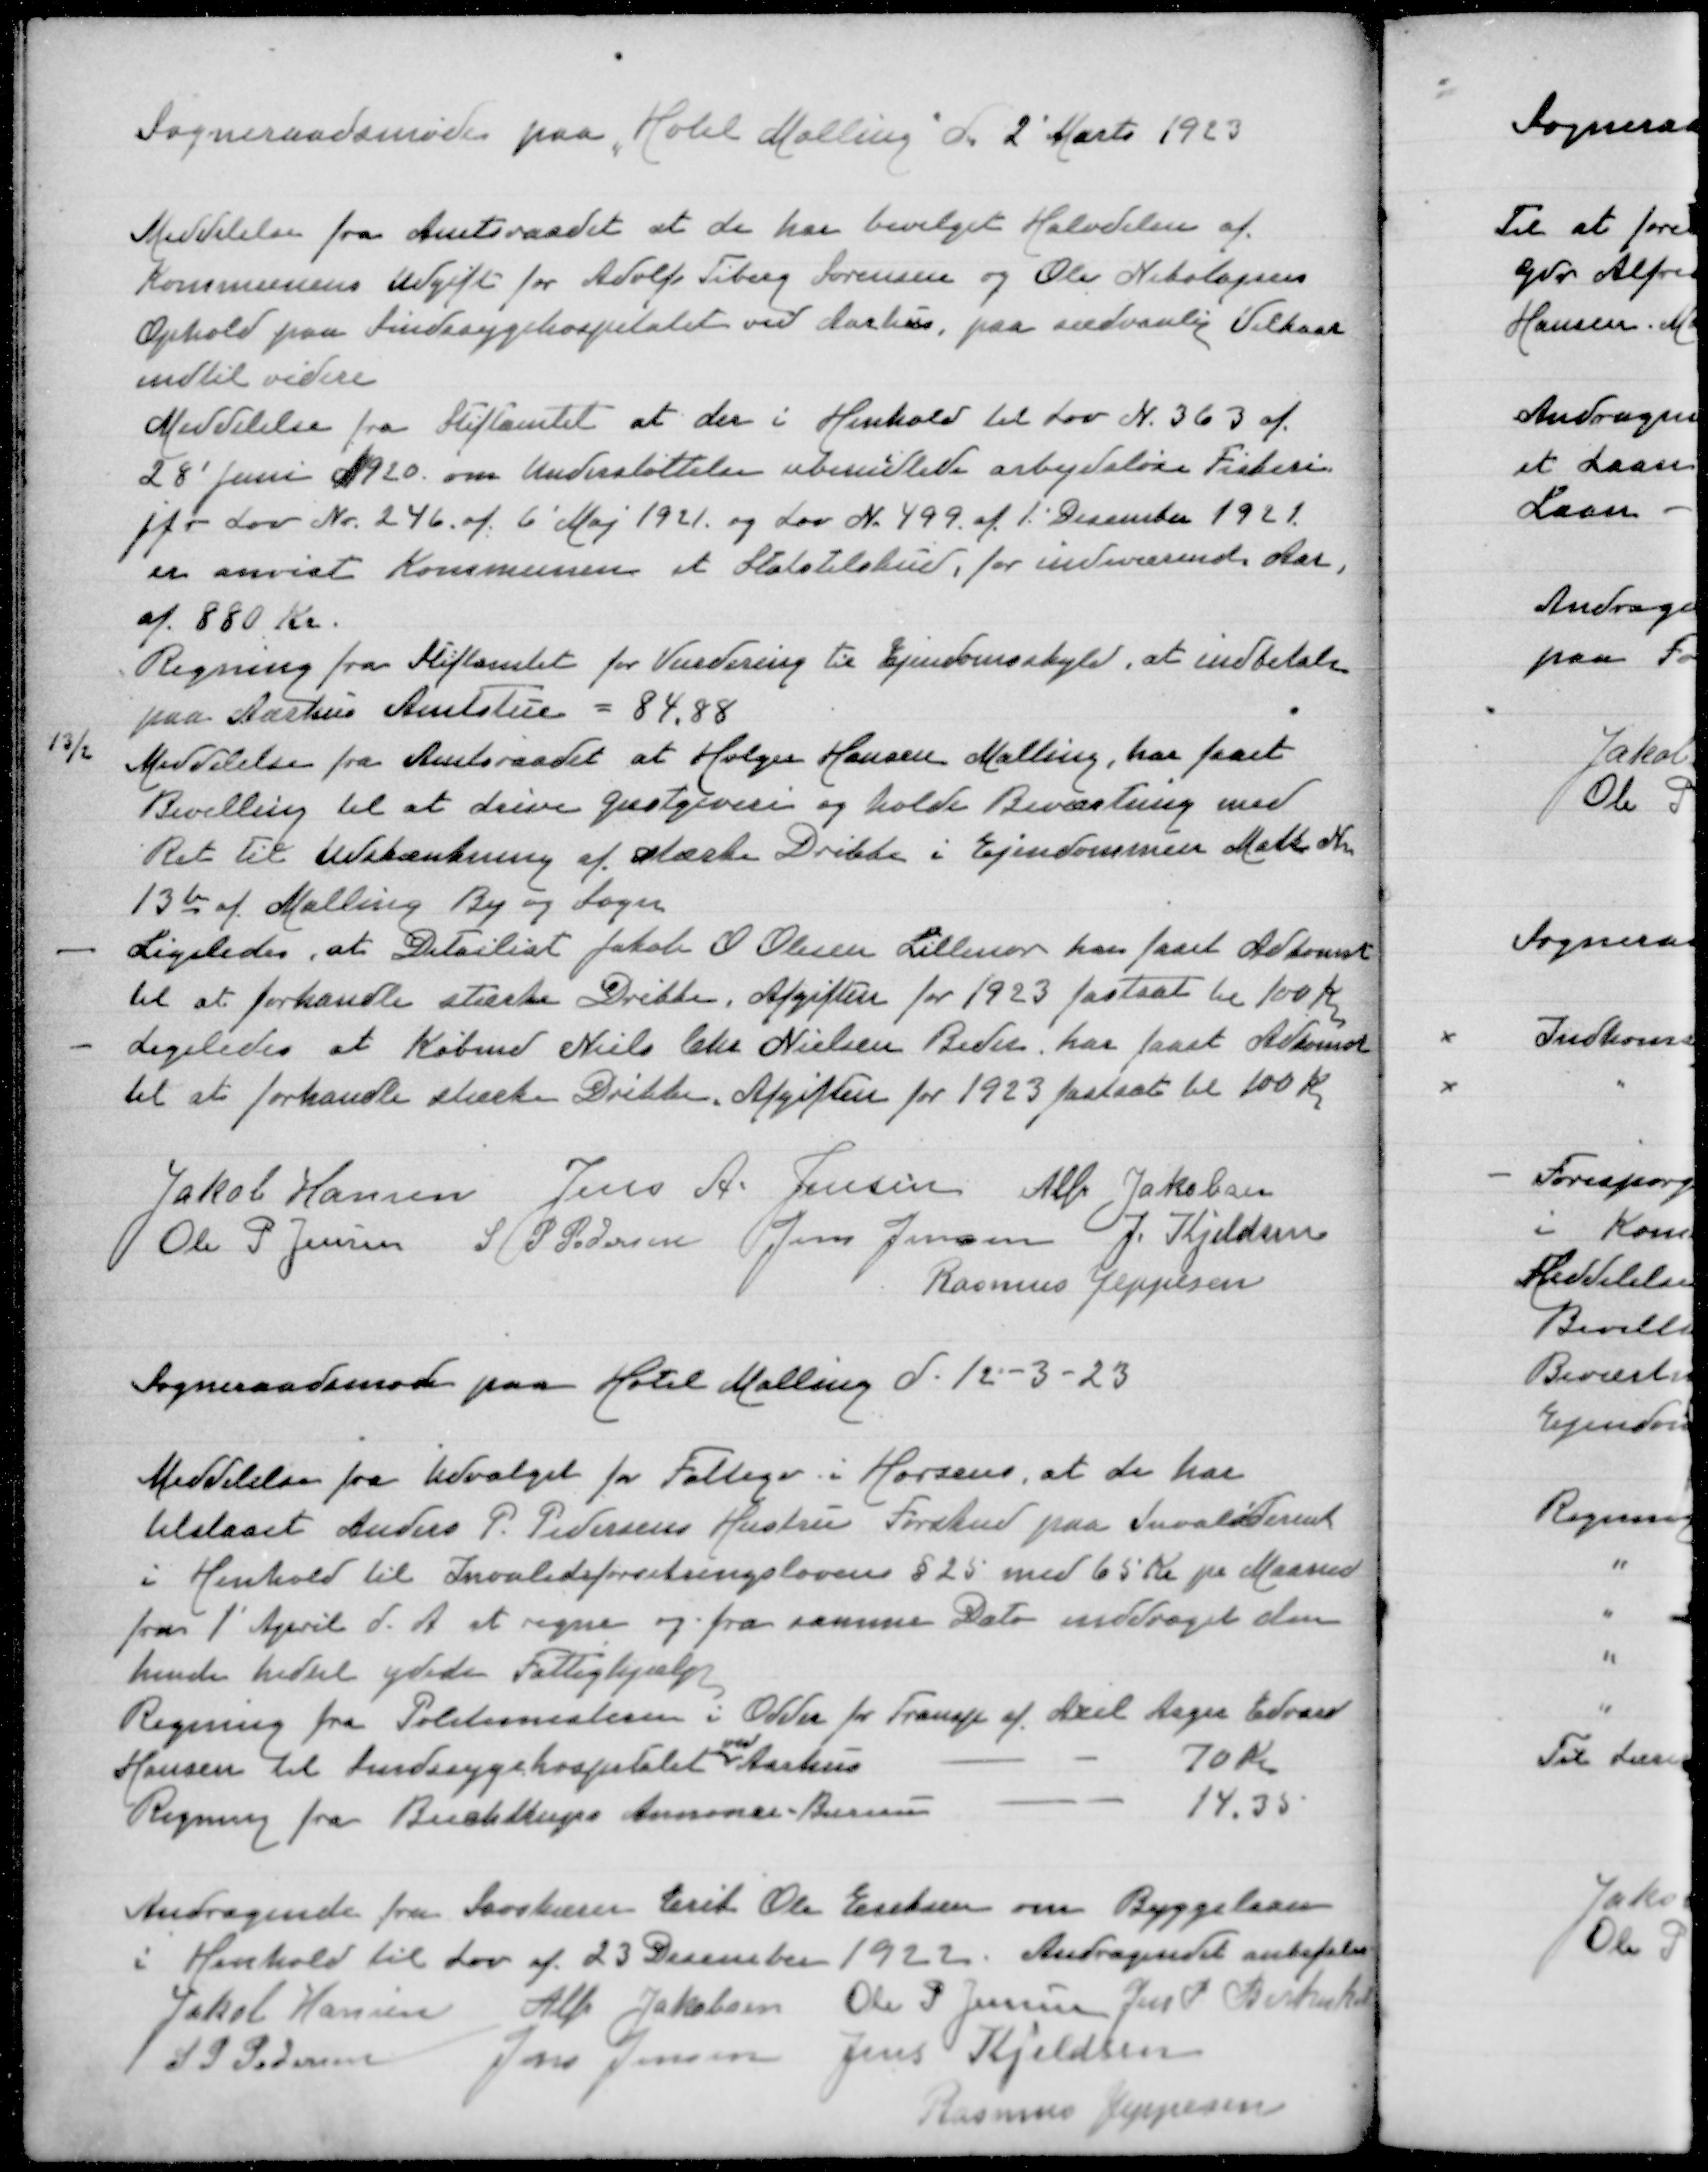
Transskription:
Sogmeraadsmøde paa "Hotel Malling" d 2' Marts 1923
Meddelelse fra Amtsraadet at dehar bevilget Halvdelen af
Kommunens Udgift for Adolf Tiborg Sørensen og Ole Nikolajsens
Ophold paa Sindsygehospitalet ved Aarhus paa sædvanlig Vilkaar
indtil videre
Meddelelse fra Stiftamtet at der i Henhold til Lov N 363 af
28' Juni 1920 om Understøttelse ubebemidlede arbejdsløse Fiskeri
jfr Lov Nr 246 af 6' Maj 1921 og Lov  N 499 af 1' December 1921
er anvist Kommunen et Statstilskud, for indeværende Aar,
af 880 Kr
Regning fra Stiftamtet for Vurdering til Ejendomsskyld, at indbetale
paa Aarhus Amtstue = 84,88
13/2 Meddelelse fra Amtsraadet at Holger Hansen Malling, har faaet
Bevilling til at drive Gæstgiveri og holde Beværtning med
Ret til Udskænkning af stærke Drikke i Ejendommen Matr Nr
13b af Malling By og Sogn
Ligeledes at Detailist Jakob O Olesen Lillenor har faaet Adkomst
til at forhandle stærke Drikke, Afgiften for 1923 fastsat til 100 Kr
Ligeledes at Købmd Niels Chr Nielsen Beder har faaet Adkomst
til at forhandle stærke Drikke, Afgiften for 1923 fastsat til 100 Kr

Jakob Hansen
Jens A Jensen
Alfr Jakobsen
Ole P Jensen
S P Pedersen
Jens Jensen
J Kjeldsen
Rasmus Jeppesen

Sogneraadsmøde paa Hotel Malling d 12-3-23

Meddelelse fra Udvalget for Fattigv i Horsens, at de har
tilstaaet Anders P Pedersens Hustru Forskud paa Invaliderente
i Henhold til Invalideforsikringslovens §25 med 65 Kr pr Maaned
fra 1' April d A at regne og fra samme Dato inddrages den
hende hidtil ydede Fattighjælp
Regning fra Politimesteren i Odder for Transp af Axel Aage Edvard
ved
Hansen til Sindsygehospitalet Aarhus
70 Kr
Regning fra Buchtrups Annonce-Bureau
14,35
Andragende fra Savskærer Erik Ole Eriksen om Byggelaan
i Henhold til Lov af 23 December 1922 Andragendet anbefaledes
Jakob Hansen
Alfr Jakobsen
Ole P Jensen
Jens P Birkeskov
S P Pedersen
Jens Jensen
Jens Kjeldsen
Rasmus Jeppesen